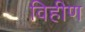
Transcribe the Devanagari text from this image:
विहीण